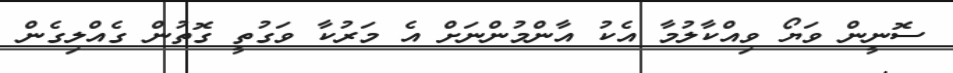
ސޮނީން ވަޔޯ ވިއްކާލުމާ އެކު އާންމުންނަށް އެ މަރުކާ ވަގުތީ ގޮތުން ގެއްލިގެން